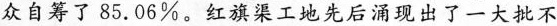
众自筹了85.06%。红旗渠工地先后涌现出了一大批不